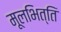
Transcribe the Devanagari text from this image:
मूलभित्ति